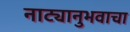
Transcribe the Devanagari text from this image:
नाट्यानुभवाचा